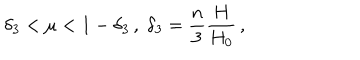
\delta _ { 3 } < \mu < 1 - \delta _ { 3 } \, , \; \delta _ { 3 } = \frac { n } { 3 } \frac { H } { H _ { 0 } } \, ,